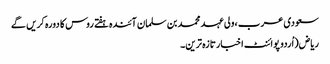
سعودی عرب ،ولی عہد محمد بن سلمان آئندہ ہفتے روس کا دورہ کریں گے
ریاض(اُردو پوائنٹ اخبارتازہ ترین۔